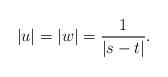
LaTeX: \begin{align*}|u|=|w|=\frac{1}{|s - t|}.\end{align*}